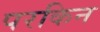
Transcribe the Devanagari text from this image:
परकिन